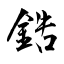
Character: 鋯